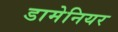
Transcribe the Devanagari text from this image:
डामेनियर